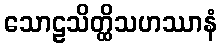
သောဠသိတ္ထိသဟဿာနံ